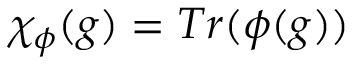
\chi _ { \phi } ( g ) = T r ( \phi ( g ) )